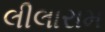
લીલારામ